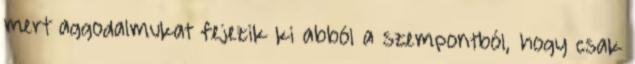
mert aggodalmukat fejezik ki abból a szempontból, hogy csak